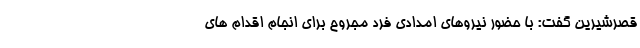
قصرشیرین گفت: با حضور نیروهای امدادی فرد مجروح برای انجام اقدام های